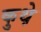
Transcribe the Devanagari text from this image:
कुथ़े